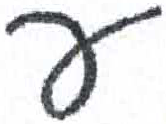
אות: ע